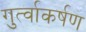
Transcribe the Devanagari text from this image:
गुर्त्वाकर्षण